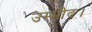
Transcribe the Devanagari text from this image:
उम्मीद।